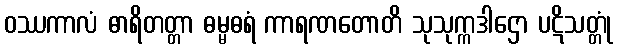
ဝဿကာလံ ဓာရိတတ္တာ ဓမ္မဓရံ ကာရဏတောတိ သုသုက္ကဒါဌော ပဋိသတ္တုံ